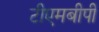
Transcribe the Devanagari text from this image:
टीएमबीपी